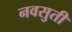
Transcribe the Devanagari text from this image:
नवसुती